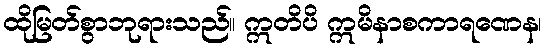
ထိုမြတ်စွာဘုရားသည်။ ဣတိပိ ဣမိနာစကာရဏေန၊